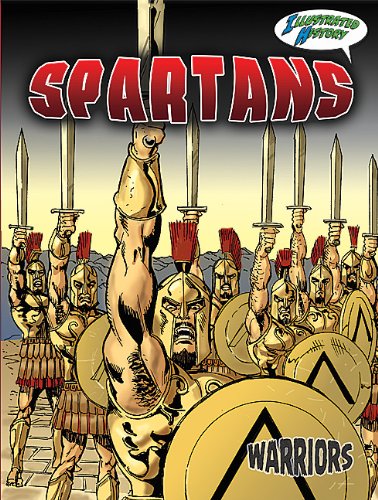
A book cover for Spartans (Warriors Graphic Illustrated); Don McLeese; Children's Books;